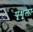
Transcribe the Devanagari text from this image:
पृथूला